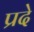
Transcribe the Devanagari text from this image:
प्रदे